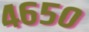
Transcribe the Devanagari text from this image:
४६५०